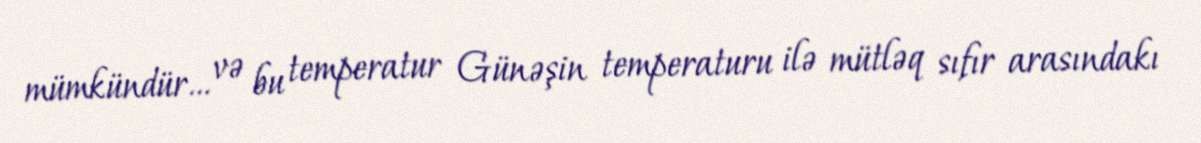
mümkündür… və bu temperatur Günəşin temperaturu ilə mütləq sıfır arasındakı